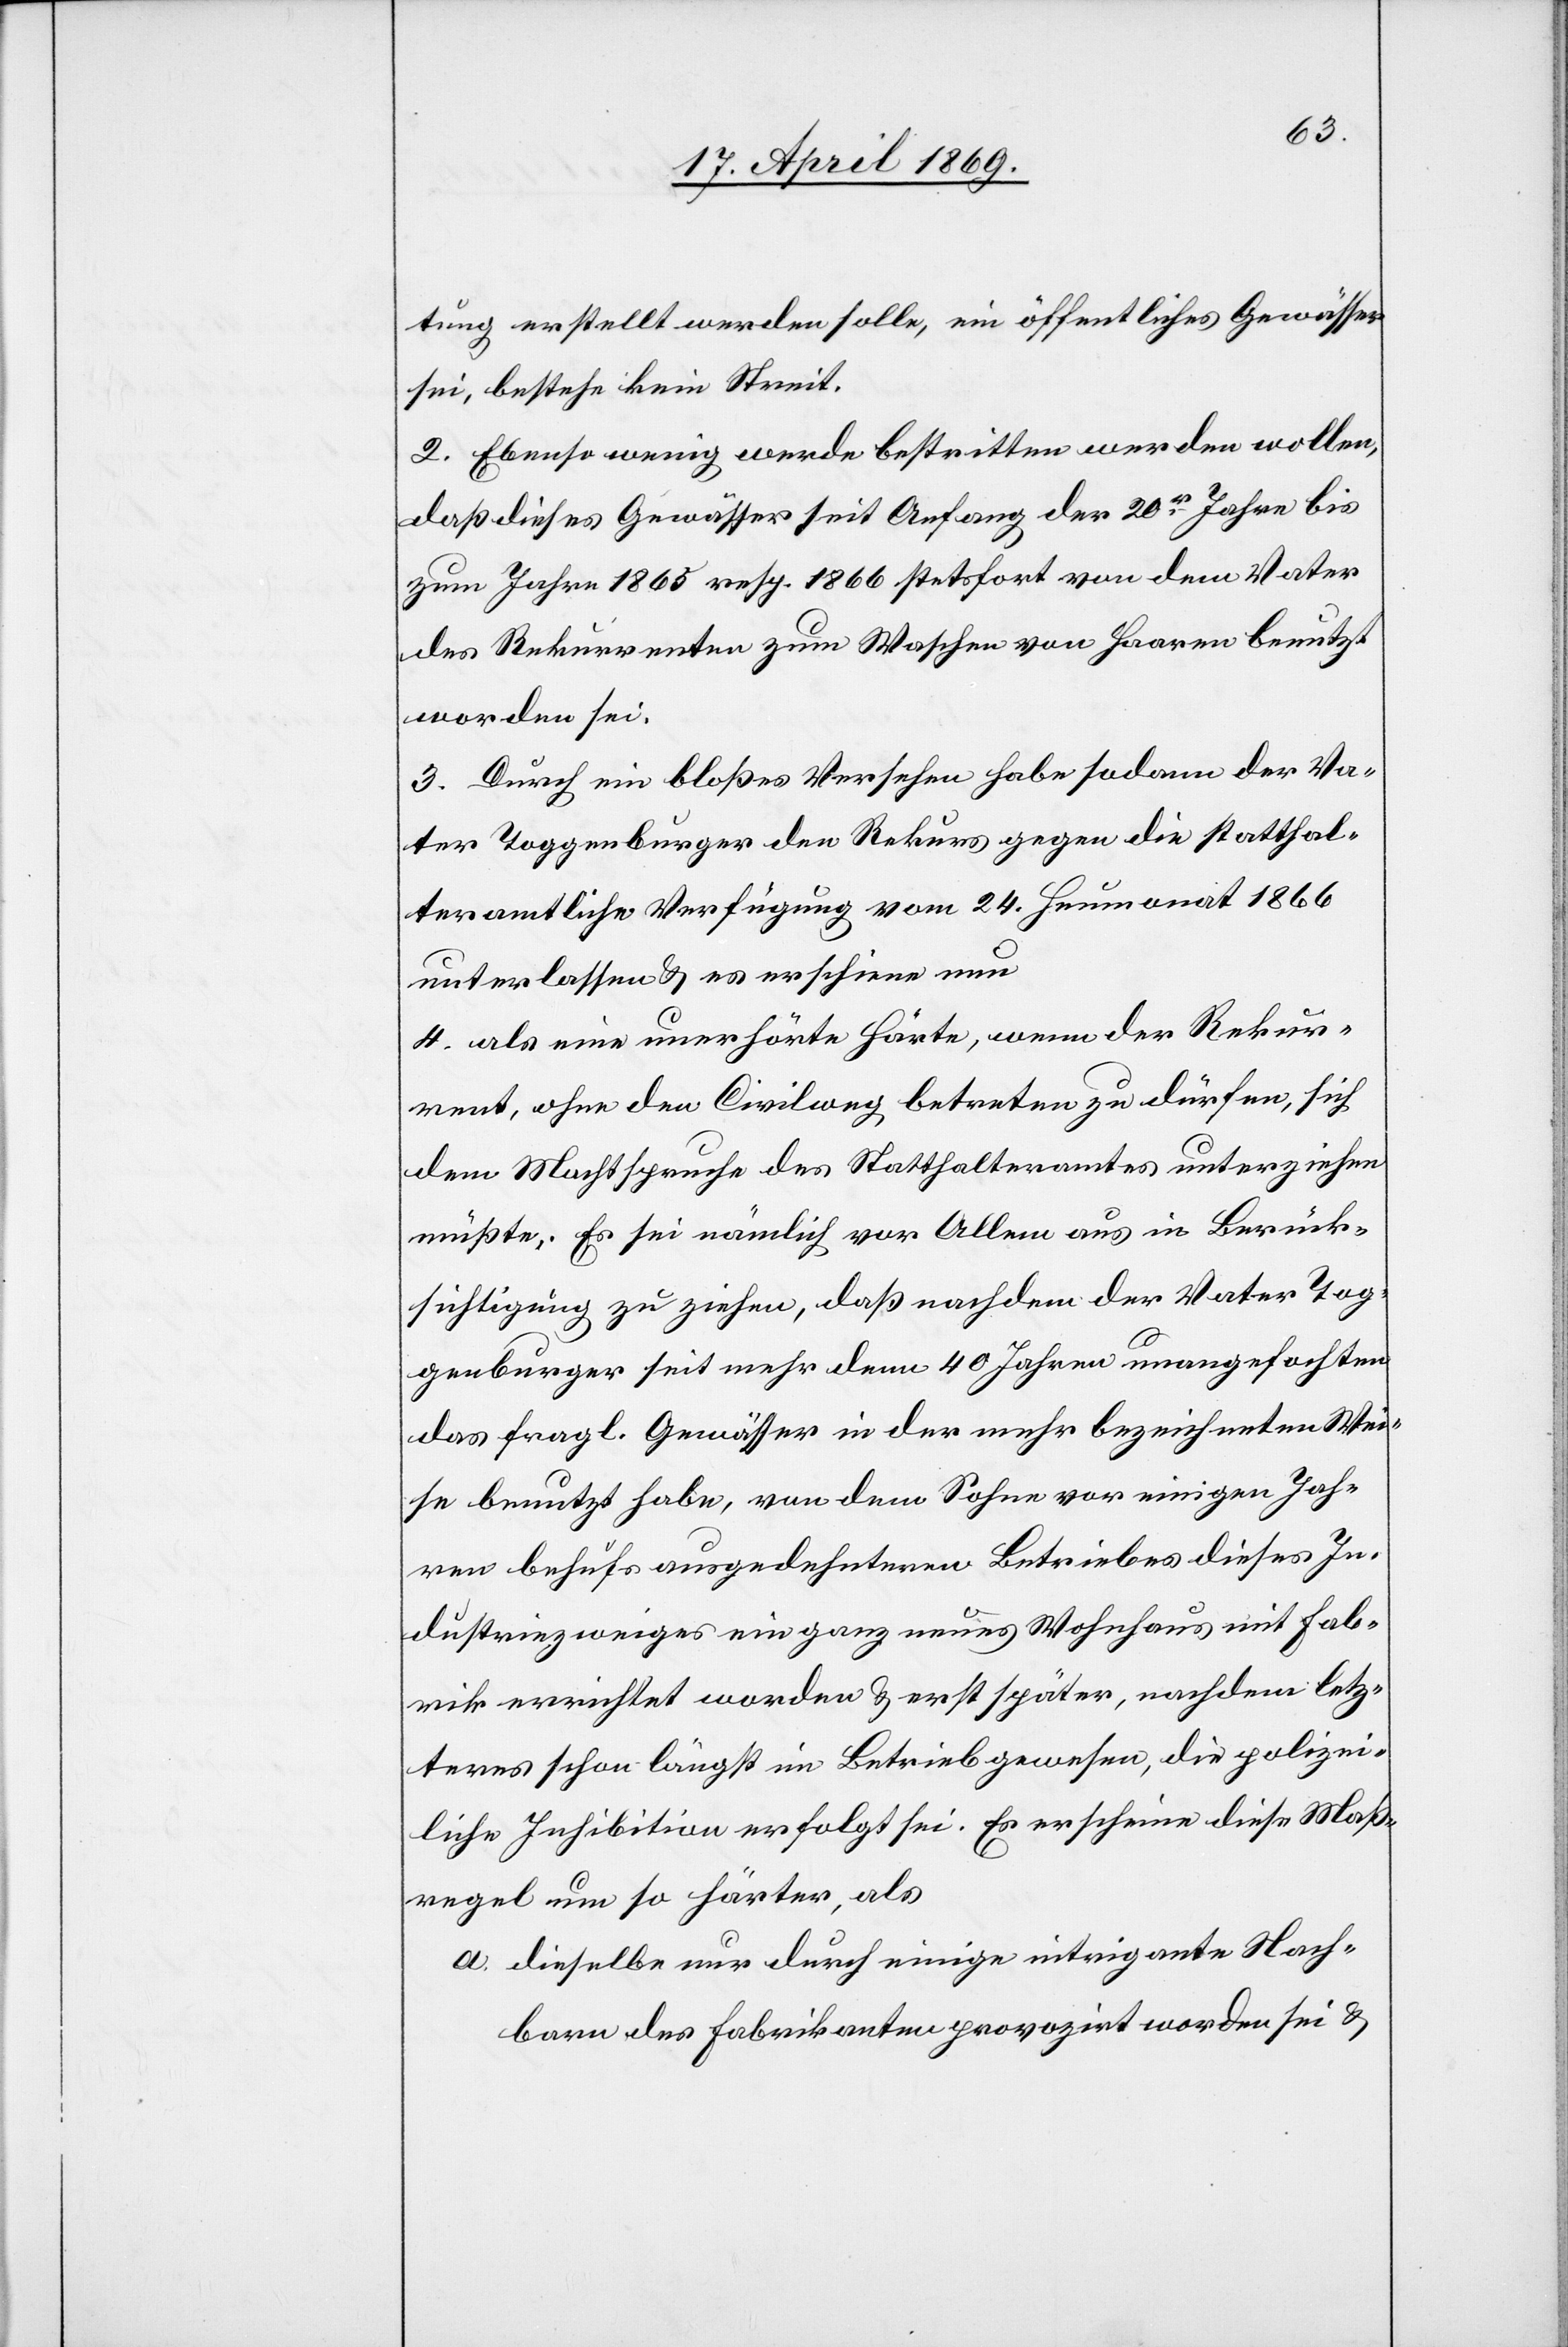
tung erstellt werden solle, ein öffentliches Gewässer
sei, bestehe kein Streit.
2. Ebenso wenig werde bestritten werden wollen,
daß dieses Gewässer seit Anfang der 20r Jahre bis
zum Jahre 1865 resp. 1866 stetsfort von dem Vater
des Rekurrenten zum Waschen von Haaren benutzt
worden sei.
3. Durch ein bloßes Versehen habe sodann der Va¬
ter Toggenburger den Rekurs gegen die statthal¬
teramtliche Verfügung vom 24. Heumonat 1866
unterlassen u. es erschiene nun
4. als eine unerhörte Härte, wenn der Rekur¬
rent, ohne den Civilweg betreten zu dürfen, sich
dem Machtspruche des Statthalteramtes unterziehen
müßte. Es sei nämlich vor Allem aus in Berück¬
sichtigung zu ziehen, daß nachdem der Vater Tog¬
genburger seit mehr denn 40 Jahren unangefochten
das fragl. Gewässer in der mehr bezeichneten Wei¬
se benutzt habe, von dem Sohne vor einigen Jah¬
ren behufs ausgedehnteren Betriebes dieses In¬
dustriezweiges ein ganz neues Wohnhaus mit Fab¬
rik errichtet worden u. erst später, nachdem letz¬
teres schon längst im Betrieb gewesen, die polizei¬
liche Inhibition erfolgt sei. Es erscheine diese Maß¬
regel um so härter, als
a. dieselbe nur durch einige intrigante Nach¬
barn des Fabrikanten provozirt worden sei u.